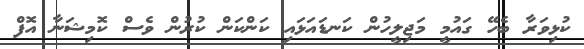
ކުޅިވަރާ ބެހޭ ގައުމީ މަޖިލީހުން ކަނޑައަޅައި ކަންކަން ކުރުން ވެސް ކޮމިޝަނާ އޮފް